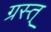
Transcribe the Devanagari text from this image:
ग्रस्त्